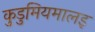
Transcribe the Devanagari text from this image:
कुडुमियमालइ